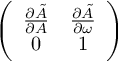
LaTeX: \left( \begin{array} { c c } { { \frac { \partial \tilde { A } } { \partial A } } } & { { \frac { \partial \tilde { A } } { \partial \omega } } } \\ { { 0 } } & { { 1 } } \end{array} \right)